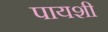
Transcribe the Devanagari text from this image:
पायशी